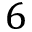
6